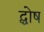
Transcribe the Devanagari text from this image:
द्घोष